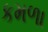
કમળા